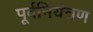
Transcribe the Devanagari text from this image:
पूर्वनियंत्रण